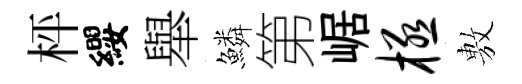
枰纓舉鱗第崌极𢾾